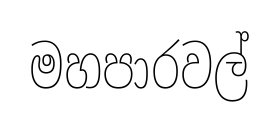
මහපාරවල්